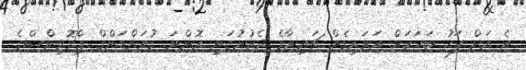
އެ އަށް ފަހު ބަހަކަށް އަރައިގެން ޗައިނާގެ ދެކުނުގައި އޮންނަ ގުއަންޑަންގް ޕްރޮވިންސްގެ